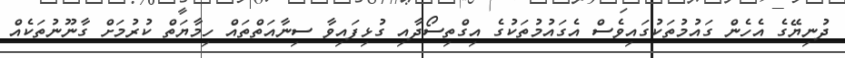
ދުނިޔޭގެ އެހެން ގައުމުތަކުގައިވެސް އެގައުމުތަކުގެ އިގްތިސޯދާއި ގުޅިފައިވާ ސިނާއަތްތައް ހިމާޔަތް ކުރުމަށް ގާނޫނުތަކެއް